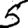
Digit: 5